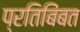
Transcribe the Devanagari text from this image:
प्रतिबिंबत